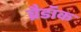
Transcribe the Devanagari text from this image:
ब्रैडॉक